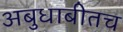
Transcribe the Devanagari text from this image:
अबुधाबीतच